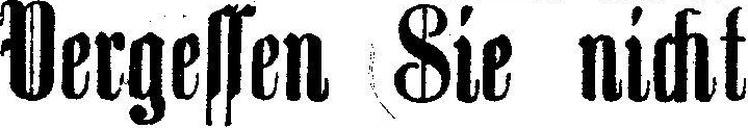
Vergessen Sie nicht